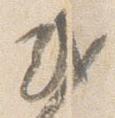
或